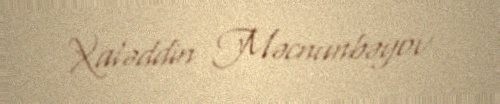
Xaləddin Məcnunbəyov